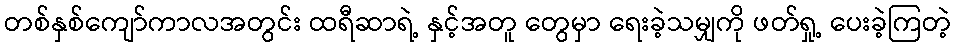
တစ်နှစ်ကျော်ကာလအတွင်း ထရီဆာရဲ့ နှင့်အတူ တွေမှာ ရေးခဲ့သမျှကို ဖတ်ရှု့ ပေးခဲ့ကြတဲ့